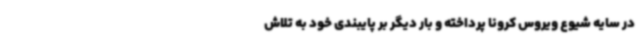
در سایه شیوع ویروس کرونا پرداخته و بار دیگر بر پایبندی خود به تلاش